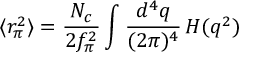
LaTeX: \langle r _ { \pi } ^ { 2 } \rangle = \frac { N _ { c } } { 2 f _ { \pi } ^ { 2 } } \int \frac { d ^ { 4 } q } { ( 2 \pi ) ^ { 4 } } \, H ( q ^ { 2 } )